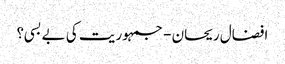
افضال ریحان - جمہوریت کی بے بسی؟